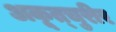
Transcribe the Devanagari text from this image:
अकूत्चुरीर